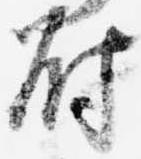
尉